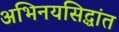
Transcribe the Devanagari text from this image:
अभिनयसिद्धांत